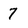
Character: 7